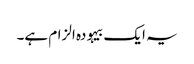
یہ ایک بیہودہ الزام ہے۔